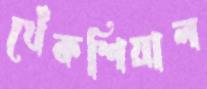
খেঁকশিয়াল